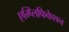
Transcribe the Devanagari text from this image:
एम्प्लिफिकेशन